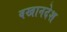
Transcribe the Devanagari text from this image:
वखानदेश